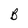
Character: B